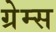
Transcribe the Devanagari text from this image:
ग्रेम्स